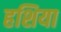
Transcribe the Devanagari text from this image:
हशिया